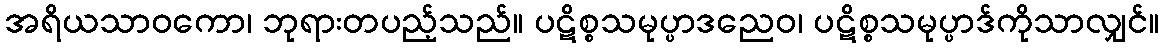
အရိယသာဝကော၊ ဘုရားတပည့်သည်။ ပဋိစ္စသမုပ္ပာဒညေဝ၊ ပဋိစ္စသမုပ္ပာဒ်ကိုသာလျှင်။